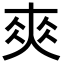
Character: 𡙁